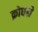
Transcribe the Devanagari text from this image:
क्रोधही